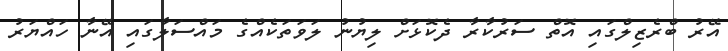
އޭރު ބްރެޒިލްގައި އޮތް ސަރުކާރާ ދެކޮޅަށް ލިޔުނު ލަވަތަކެއްގެ މައްސަލާގައި އޭނާ ހައްޔަރު